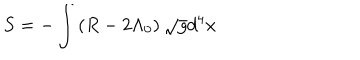
S = - \int \left( R - 2 \Lambda _ { 0 } \right) \sqrt { g } d ^ { 4 } x